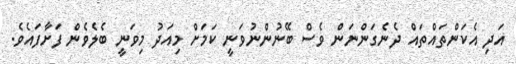
އަދި އެކަންތައްތައް ދެނެގަންނަން ވެސް ބޭނުންނުވަނީ ކަމަށް މިއަދު މިވަނީ ބެލެވެން ފަށާފައެވެ.